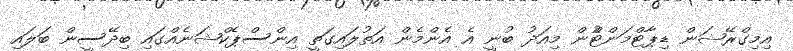
އިމިގްރޭޝަން ޑިޕާޓްމަންޓްުން މިއަދު ބުނީ އެ އެންމެން އަތުލައިގަތީ އިންސްޕެކްޝަނެއްގައި ބިދޭސީން ބަލައި